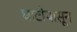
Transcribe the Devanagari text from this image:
घाटीपासून